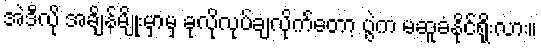
အဲဒီလို အချိန်မျိုးမှာမှ ခုလိုလုပ်ချလိုက်တော့ ပွဲက မဆူခံနိုင်ရိုးလား။